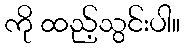
ကို ထည့်သွင်းပါ။